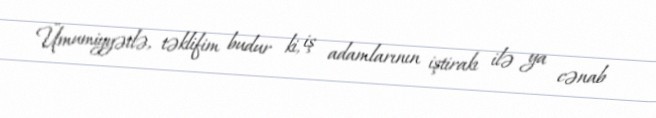
Ümumiyyətlə, təklifim budur ki, iş adamlarının iştirakı ilə ya cənab